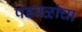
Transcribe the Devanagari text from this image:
पडवळांचा